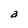
Character: a